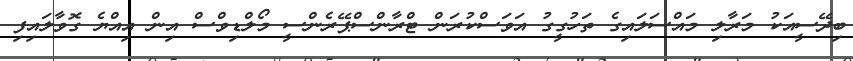
ބިދޭސީއަކު މަރާލި މައްސަލައިގެ ތަހުގީގު އަވަސްކުރަން ޓްރާންސްޕޭރެންސީ މޯލްޑިވްސް އިން އިއްޔެ ގޮވާލައިފި